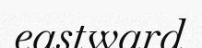
eastward